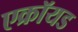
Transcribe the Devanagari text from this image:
एक्रॉयड